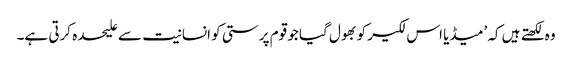
وہ لکھتے ہیں کہ ’میڈیا اس لکیر کو بھول گیا جو قوم پرستی کو انسانیت سے علیحدہ کرتی ہے۔